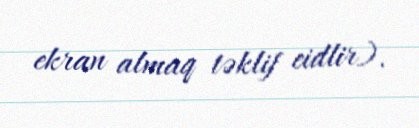
ekran almaq təklif eidlir).